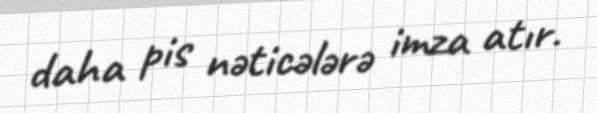
daha pis nəticələrə imza atır.